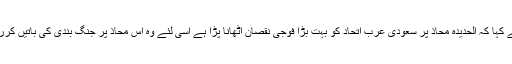
انھوں نے کہا کہ الحدیدہ محاذ پر سعودی عرب اتحاد کو بہت بڑا فوجی نقصان اٹھانا پڑا ہے اسی لئے وہ اس محاذ پر جنگ بندی کی باتیں کررہے ہیں۔